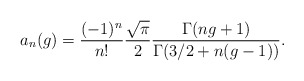
\begin{align*}a_n(g) = \frac{(-1)^n}{n!} \frac{\sqrt{\pi}}{2}\frac{\Gamma(ng+1)}{\Gamma(3/2 +n(g-1))}.\end{align*}